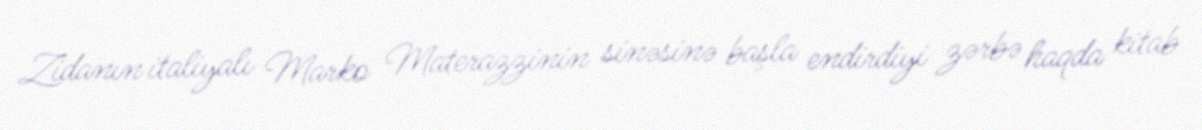
Zidanın italiyalı Marko Materazzinin sinəsinə başla endirdiyi zərbə haqda kitab